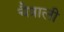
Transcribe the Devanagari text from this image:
चैत्राली